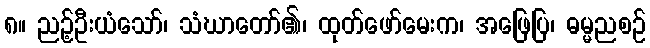
၈။ ညဉ့်ဦးယံသော်၊ သံဃာတော်၏၊ ထုတ်ဖော်မေးက၊ အဖြေပြ၊ ဓမ္မညစဉ်